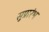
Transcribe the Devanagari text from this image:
सुप्रारंभ